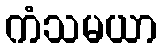
ကံသမယာ